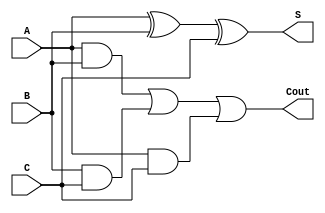
module FullAdder(
    input wire A,
    input wire B,
    input wire C,
    output wire S,
    output wire Cout
);
    assign S = A ^ B ^ C; // Sum output
    assign Cout = (A & B) | (B & C) | (A & C); // Carry output
endmodule